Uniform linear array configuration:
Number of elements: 64
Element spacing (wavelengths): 1
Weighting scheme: exponential
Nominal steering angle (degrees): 15
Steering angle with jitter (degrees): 13.088
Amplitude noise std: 0.05
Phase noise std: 0.05

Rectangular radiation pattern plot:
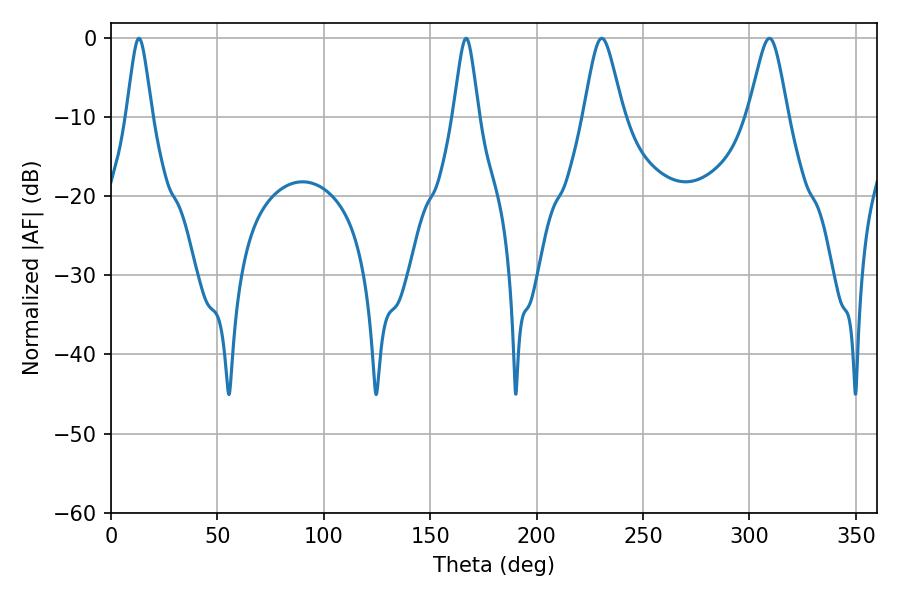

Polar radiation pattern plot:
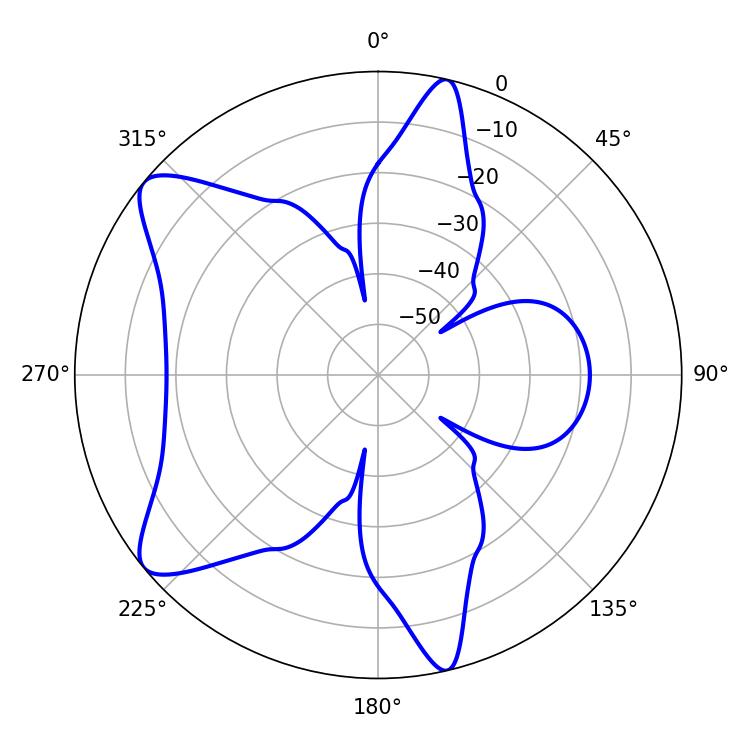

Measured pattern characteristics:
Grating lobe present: TRUE
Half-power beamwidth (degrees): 5.76
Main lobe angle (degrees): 13.14